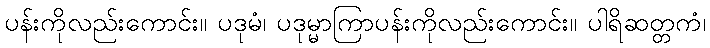
ပန်းကိုလည်းကောင်း။ ပဒုမံ၊ ပဒုမ္မာကြာပန်းကိုလည်းကောင်း။ ပါရိဆတ္တကံ၊